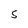
Character: S